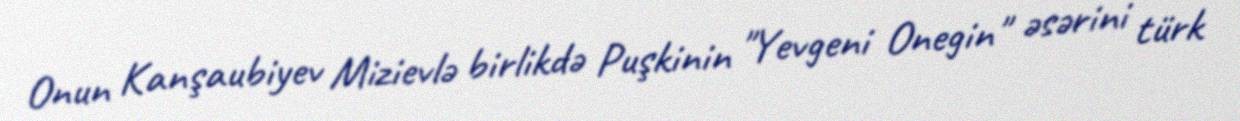
Onun Kanşaubiyev Mizievlə birlikdə Puşkinin "Yevgeni Onegin" əsərini türk